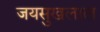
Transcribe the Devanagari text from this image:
जयसुखलाल